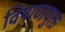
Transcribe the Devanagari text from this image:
विषाणयुक्त